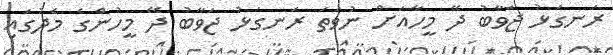
ރަނގަޅު ޖަވާބު ދޭ މީހާއަށް ނުވަތަ ރަނގަޅު ޖަވާބު ދޭ މީހުންގެ މެދުގައި